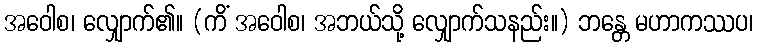
အဝေါစ၊ လျှောက်၏။ (ကိံ အဝေါစ၊ အဘယ်သို့ လျှောက်သနည်း။) ဘန္တေ မဟာကဿပ၊